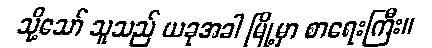
သို့သော် သူသည် ယခုအခါ မြို့မှာ စာရေးကြီး။